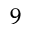
^ { 9 }